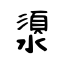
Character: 澃